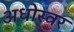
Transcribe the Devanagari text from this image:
अधोस्वर